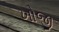
ખોજી